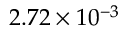
2 . 7 2 \times 1 0 ^ { - 3 }